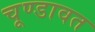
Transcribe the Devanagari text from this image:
चूण्डावत